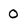
Character: 0